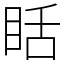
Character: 䀨